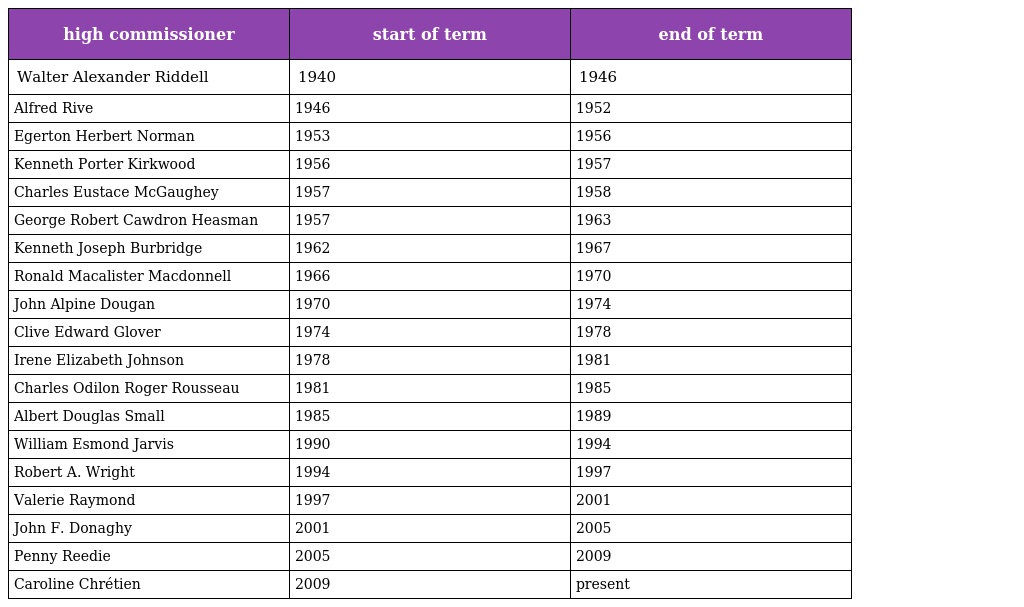
| high commissioner | start of term | end of term |
 | --- | --- | --- |
 | Walter Alexander Riddell | 1940 | 1946 |
 | Alfred Rive | 1946 | 1952 |
 | Egerton Herbert Norman | 1953 | 1956 |
 | Kenneth Porter Kirkwood | 1956 | 1957 |
 | Charles Eustace McGaughey | 1957 | 1958 |
 | George Robert Cawdron Heasman | 1957 | 1963 |
 | Kenneth Joseph Burbridge | 1962 | 1967 |
 | Ronald Macalister Macdonnell | 1966 | 1970 |
 | John Alpine Dougan | 1970 | 1974 |
 | Clive Edward Glover | 1974 | 1978 |
 | Irene Elizabeth Johnson | 1978 | 1981 |
 | Charles Odilon Roger Rousseau | 1981 | 1985 |
 | Albert Douglas Small | 1985 | 1989 |
 | William Esmond Jarvis | 1990 | 1994 |
 | Robert A. Wright | 1994 | 1997 |
 | Valerie Raymond | 1997 | 2001 |
 | John F. Donaghy | 2001 | 2005 |
 | Penny Reedie | 2005 | 2009 |
 | Caroline Chrétien | 2009 | present |